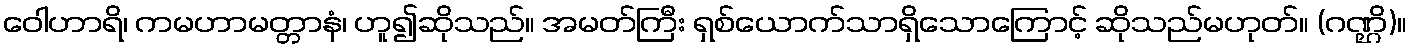
ဝေါဟာရိ၊ ကမဟာမတ္တာနံ၊ ဟူ၍ဆိုသည်။ အမတ်ကြီး ရှစ်ယောက်သာရှိသောကြောင့် ဆိုသည်မဟုတ်။ (ဂဏ္ဌိ)။